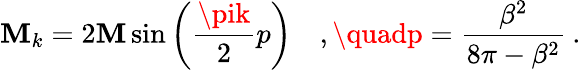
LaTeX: \mathbf{M}_{k}=2\mathbf{M}\sin\left(\frac{{\pik}}{{2}}p\right)\quad,\quadp=\frac{{\beta^{2}}}{{8\pi-\beta^{2}}}\: .